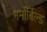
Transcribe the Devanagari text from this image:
मर्मोर्बिल्ड